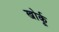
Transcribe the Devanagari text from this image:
खोर्कू